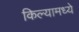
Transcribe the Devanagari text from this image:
किल्यामध्ये